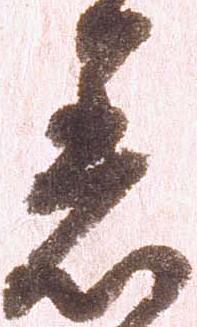
着